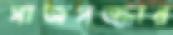
সাজসজ্জার